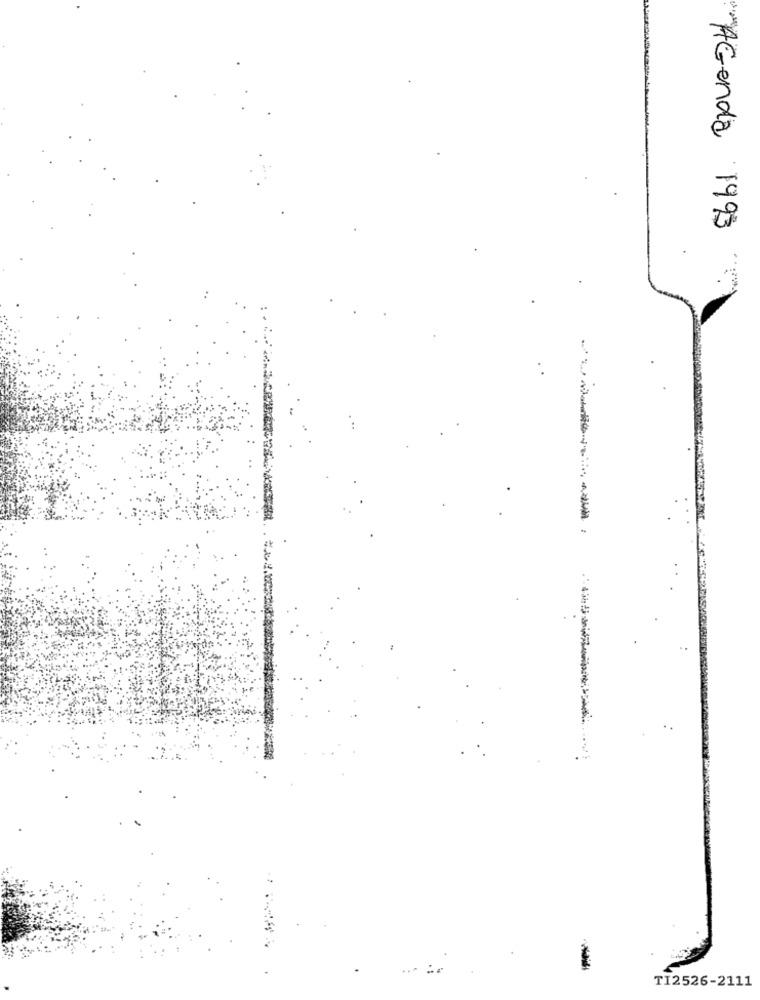
AGenda 1993
TI2526-2111